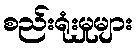
စည်းရုံးမှုများ